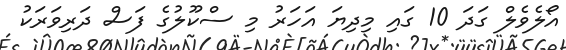
އޯލެވެލް ގަދަ 10 ގައި މިދިޔަ އަހަރު މި ސްކޫލުގެ ފަސް ދަރިވަރަކު